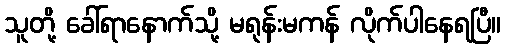
သူတို့ ခေါ်ရာနောက်သို့ မရုန်းမကန် လိုက်ပါနေရပြီ။